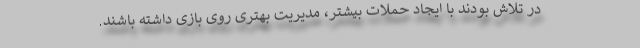
در تلاش بودند با ایجاد حملات بیشتر، مدیریت بهتری روی بازی داشته باشند.